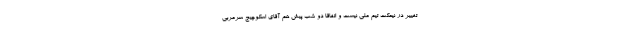
تغییر در نیمکت تیم ملی نیست و اتفاقا دو شب پیش هم آقای اسکوچیچ سرمربی